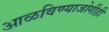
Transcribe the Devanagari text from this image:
आळविण्याजोगीही